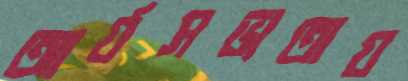
আর্যসভ্যতায়